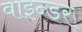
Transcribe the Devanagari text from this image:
वाइन्डर